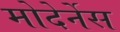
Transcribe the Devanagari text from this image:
मोदेर्नेस